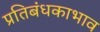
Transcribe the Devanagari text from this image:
प्रतिबंधकाभाव